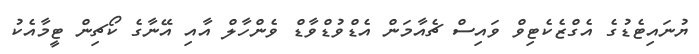
ޔުނައިޓެޑުގެ އެގްޒެކެޓިވް ވައިސް ޗެއާމަން އެޑްވުޑްވާޑް ވެންހާލް އާއި އޭނާގެ ކޯޗިން ޓީމާއެކު